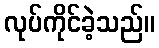
လုပ်ကိုင်ခဲ့သည်။